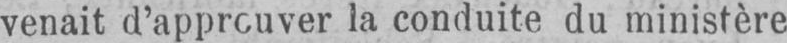
venait d’approuver la conduite du ministère